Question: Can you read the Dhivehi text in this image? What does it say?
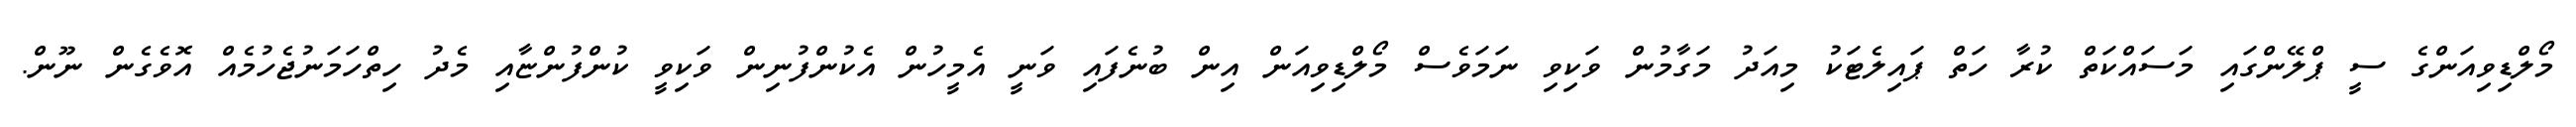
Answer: މޯލްޑިވިއަންގެ ސީ ޕްލޭންގައި މަސައްކަތް ކުރާ ހަތް ޕައިލެޓަކު މިއަދު މަގާމުން ވަކިވި ނަމަވެސް މޯލްޑިވިއަން އިން ބުނެފައި ވަނީ އެމީހުން އެކުންފުނިން ވަކިވީ ކުންފުންޏާއި މެދު ހިތްހަމަނުޖެހުމެއް އޮވެގެން ނޫން.